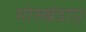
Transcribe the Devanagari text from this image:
मोस्खेडाए